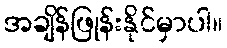
အချိန်ဖြုန်းနိုင်မှာပါ။